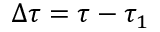
\Delta \tau = \tau - \tau _ { 1 }